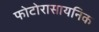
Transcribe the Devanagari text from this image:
फोटोरासायनिक